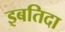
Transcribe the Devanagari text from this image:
इबतिदा